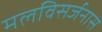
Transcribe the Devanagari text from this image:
मलविसर्जनास